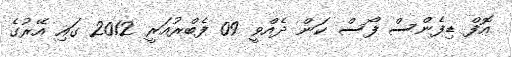
އޮފް ޑިފެންސް ފޯސް ކަން ދެއްވީ 09 ފެބްރުއަރީ 2012 ގައި އޭރުގެ